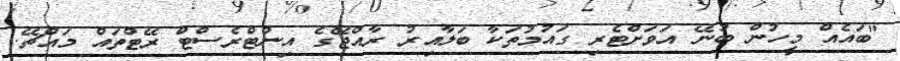
"ބައެއް މީހުން ބުނޭ އަވަށްޓެރި ގައުމުތަކާ ބަލާއިރު ރާއްޖޭގެ އިންޓްރެސްޓް ރޭޓްތައް މައްޗޭ.